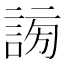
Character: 𧩂